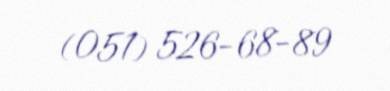
(051) 526-68-89